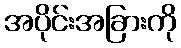
အပိုင်းအခြားကို